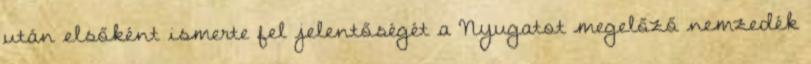
után elsőként ismerte fel jelentőségét a Nyugatot megelőző nemzedék